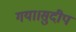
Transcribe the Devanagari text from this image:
गया।सुदीप